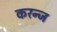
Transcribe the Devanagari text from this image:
करन्‍ज